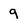
Character: 9